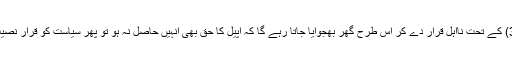
انہیں 184(3) کے تحت نااہل قرار دے کر اس طرح گھر بھجوایا جاتا رہے گا کہ اپیل کا حق بھی انہیں حاصل نہ ہو تو پھر سیاست کو قرار نصیب نہیں ہو گا۔